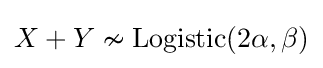
X+Y\nsim \mathrm {Logistic} (2\alpha ,\beta )